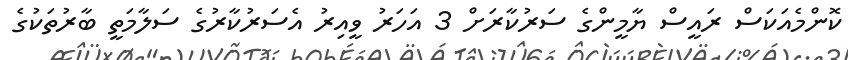
ކޮންމެއަކަސް ރައީސް ޔާމީންގެ ސަރުކާރަށް 3 އަހަރު ވީއިރު އެސަރުކާރުގެ ސަލާމަތީ ބާރުތަކުގެ